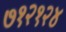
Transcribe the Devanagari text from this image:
७१२१२४